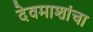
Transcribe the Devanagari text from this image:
देवमाशांचा